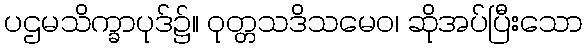
ပဌမသိက္ခာပုဒ်၌။ ဝုတ္တသဒိသမေဝ၊ ဆိုအပ်ပြီးသော